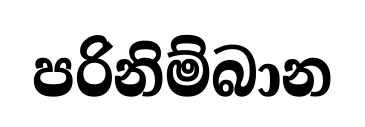
පරිනිම්බාන